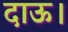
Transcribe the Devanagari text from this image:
दाऊ।